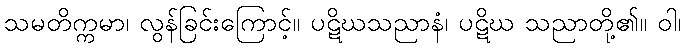
သမတိက္ကမာ၊ လွန်ခြင်းကြောင့်။ ပဋိဃသညာနံ၊ ပဋိဃ သညာတို့၏။ ဝါ၊